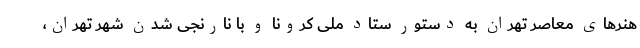
هنرهای معاصر تهران به دستور ستاد ملی کرونا و با نارنجی شدن شهر تهران،